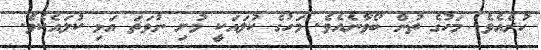
ހުރެއެވެ. މަހުގެ ތުން ބޯވާނެއެވެ. މަހުގެ ކުލައަކީ މުށި ނުވަތަ އަޅި ކުލައެކެވެ.